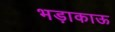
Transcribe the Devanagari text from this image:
भड़ाकाऊ